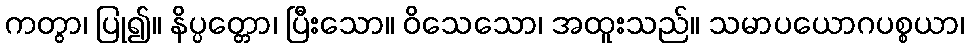
ကတွာ၊ ပြု၍။ နိပ္ပတ္တော၊ ပြီးသော။ ဝိသေသော၊ အထူးသည်။ သမာပယောဂပစ္စယာ၊